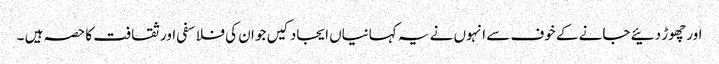
اور چھوڑ دئیے جانے کے خوف سے انہوں نے یہ کہانیاں ایجاد کیں جو ان کی فلاسفی اور ثقافت کا حصہ ہیں ۔